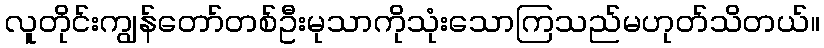
လူတိုင်းကျွန်တော်တစ်ဦးမုသာကိုသုံးသောကြသည်မဟုတ်သိတယ်။